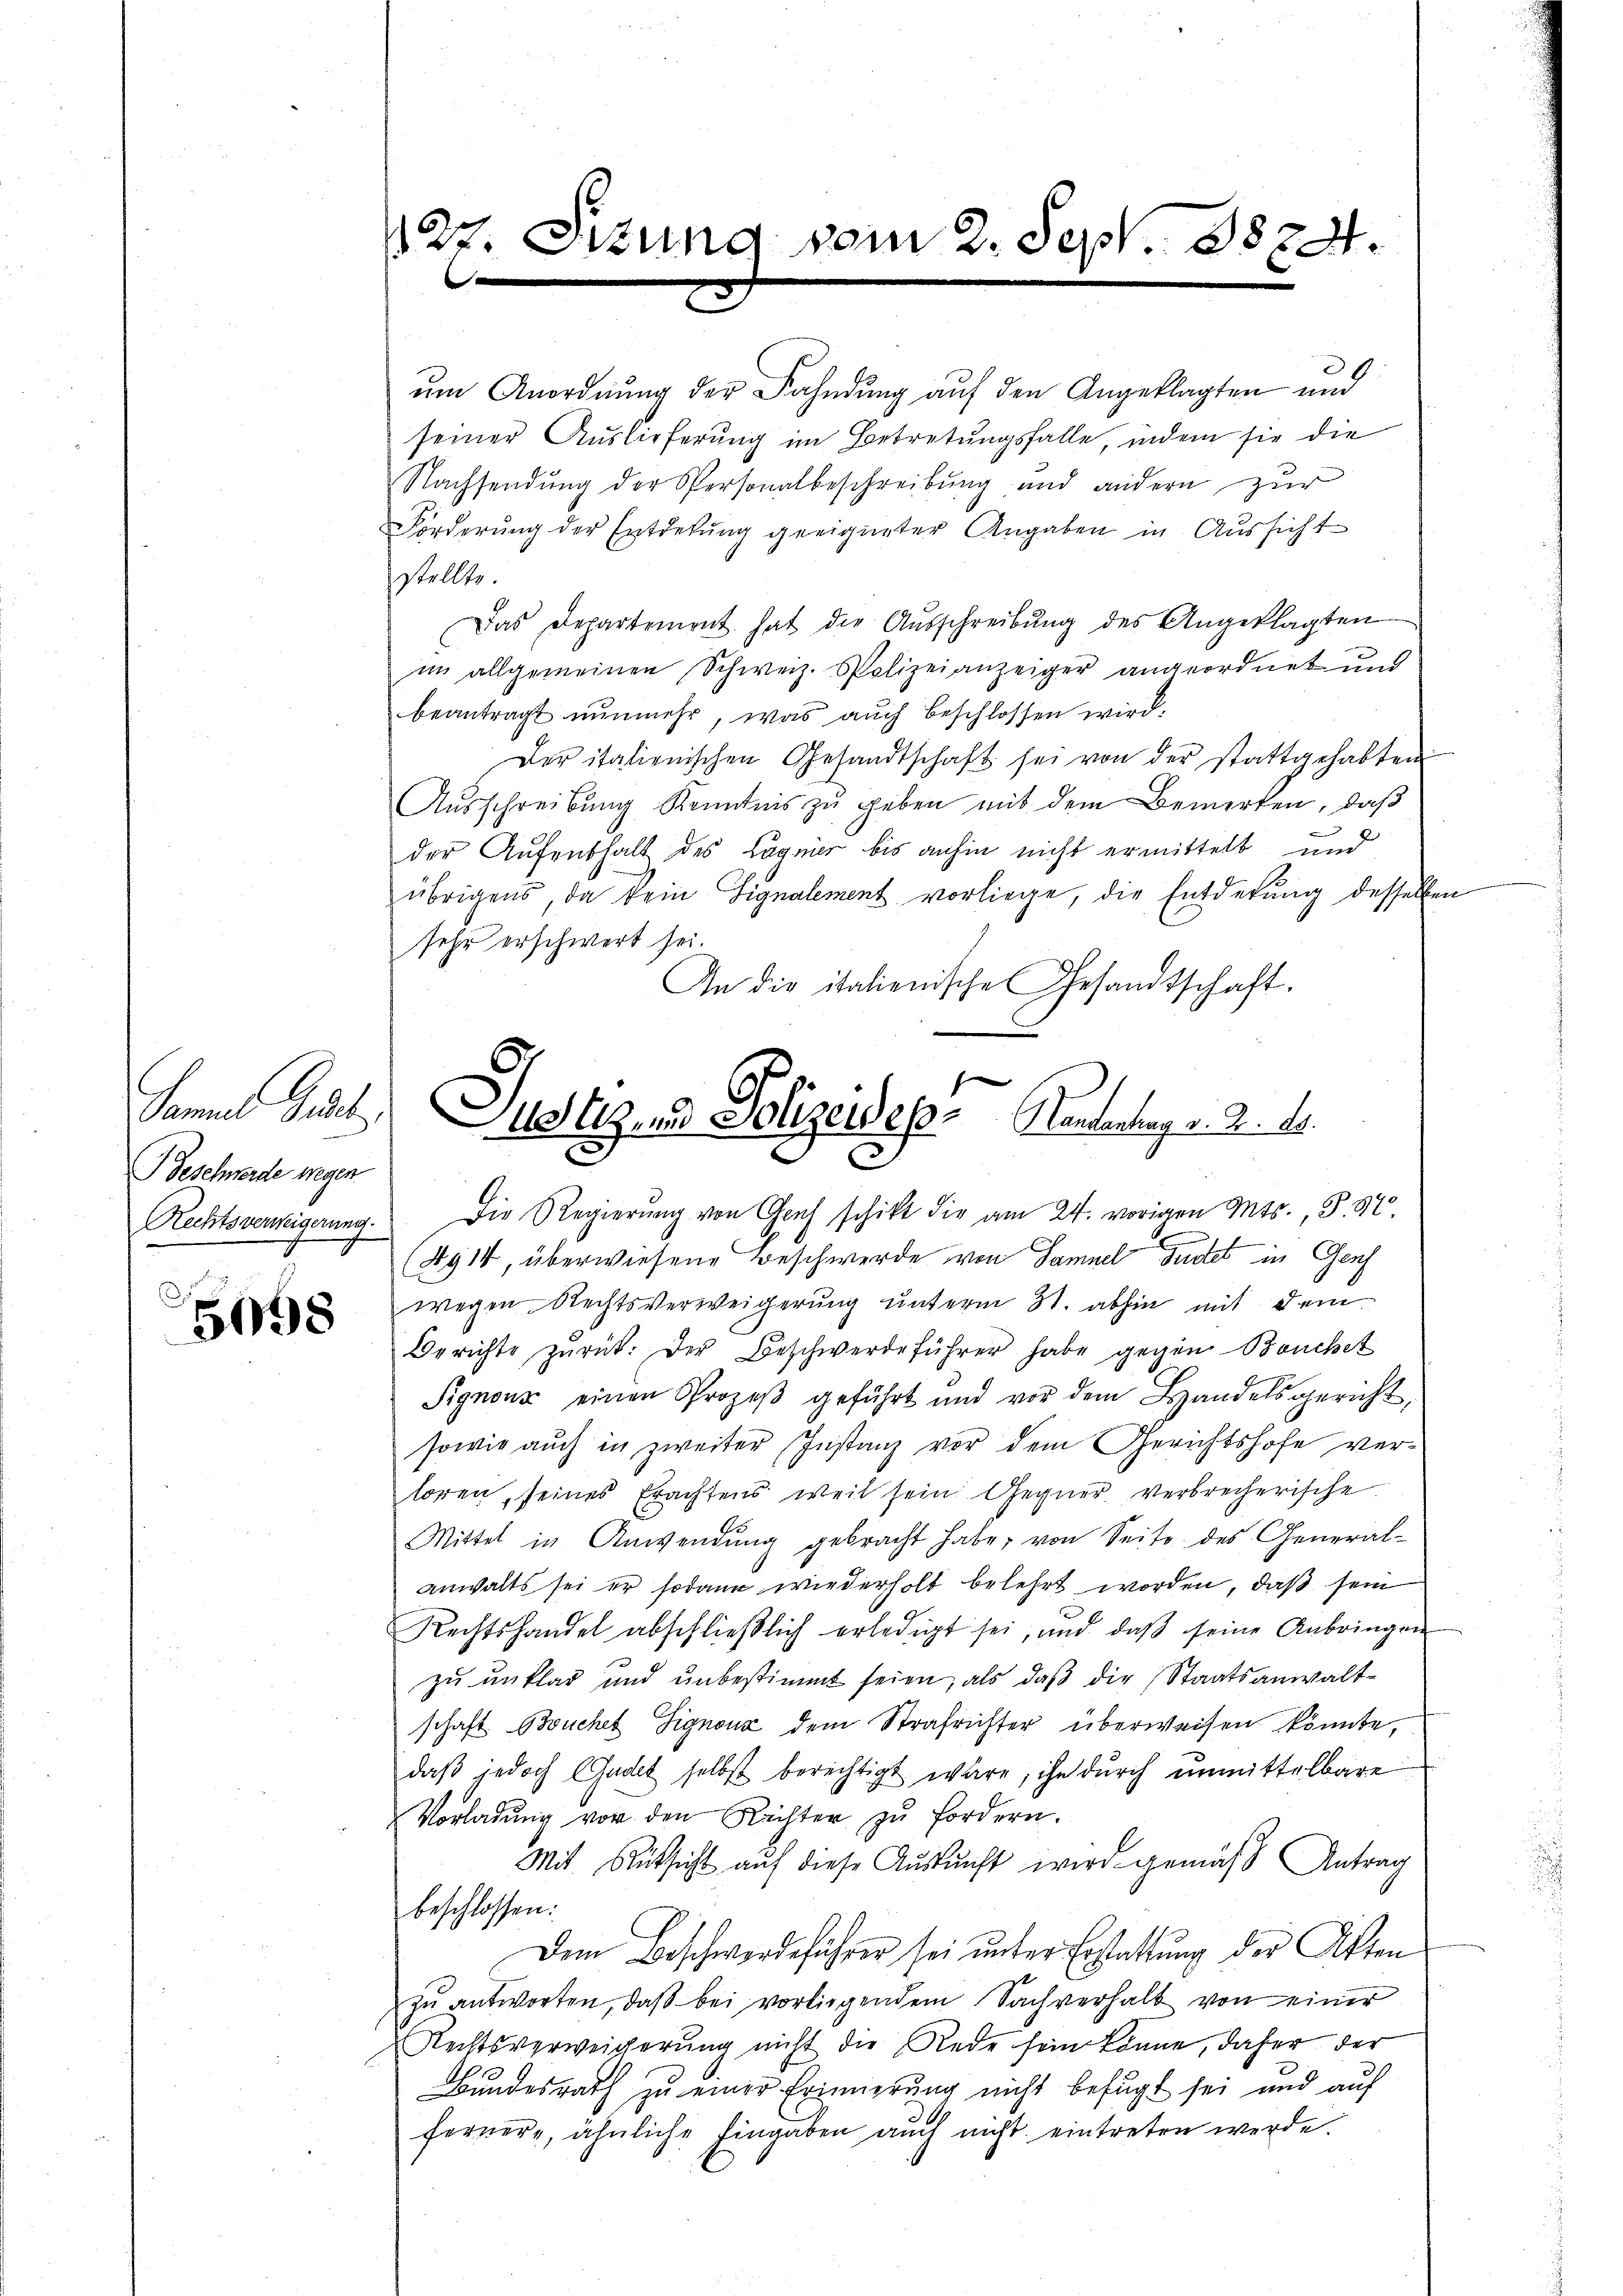
Samuel Geldet,
BGeschneide wegen.
Rechtsverweigerung.

5098

um Anordnung der Fahndung auf den Angeklagten und
seiner Auslieferung im Betretungsfalle, indem sie die
Nachsendung der Personalbeschreibung und andern zur
Forderung der Entdekung geeigneter Angaben in Aussicht
stellte.
Das Departement hat die Aŭsschreibŭng des Angeklagten
im allgemeinen Schweiz. Polizeianzeiger angeordnet und
beantragt nŭnmehr, was aŭch beschlossen wird.
Der italienischen Gesandtschaft sei von der stattgehabten
Aŭsschreibŭng Kenntnis zŭ geben mit dem Bemerken, daß
der Aufenthalt des Lagnier bis anhin nicht ermittelt und
übrigens, da kein Signalement vorliege, die Entdekung desselben
sehe erschwert sei.
An die italienische Gesandtschaft.

127. Sitzung vom 2. Sept. 1874.
e

Justiz und Polizeides Handentrag v. 2. d.

Die Regierŭng von Graf schikt die am 24. vorigen Mts., S. 87.
(4914, überwiesene Beschwerde von Samuel Gustet in Genf
wegen Rechtsverweigerung unterm 31. abhin mit dem
Berichte zŭrück. Der Beschwerdeführer habe gegen Bruchet
Signons einen Prozeβ geführt und vor dem Handelsgericht,
sowie auch in zweiter Instanz vor dem Gerichtshofe ver-
loren, seines Erachtens weil sein Gegner verbrecherische
Mittel in Anwendŭng gebracht habe, von Seite des General-
anwalts sei er sodann wiederholt belehrt worden, daß sein
Rechtshandel abschlieβlich erledigt sei, und daβ seine Anbringen
zŭ unklar und unbestimmt seien, als daβ die Staatsanwaltschaft Bouchet Signonz dem Strafrichter überweisen könnte,
daß jedoch Gadet selbst berechtigt wäre, ihn durch unmittelbare
Vorladŭng vor den Rechter zŭ fordern.
Mit Rücksicht aŭf diese Aŭskŭnft wird gemäß Antrag
beschlossen:
Dem Beschwerdeführer sei unter Erstattung der Akten
zu antworten, daß bei vorliegendem Sachverhalt von einer
Rechtsverweicherŭng nicht die Rede sein könne, daher der
Bundesrath zu einer Erinnerung nicht befugt sei und auf
ferner, ähnliche Eingaben auch nicht eintreten werde.